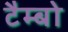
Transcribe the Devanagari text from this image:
टैम्बो